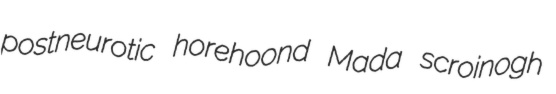
postneurotic horehoond Mada scroinogh